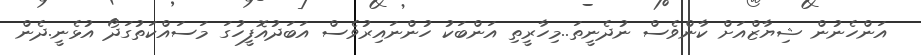
އަންހެނުން ޝިޔާޒްއަށް ކާންވެސް ނުދެނީތަ..މިހާރީތި އަންބަކު ހުންނައިރުވެސް އަބަދުއޮފީހުގަ މަސައްކަތުގަދޯ އުޅެނީ.ދެން